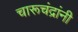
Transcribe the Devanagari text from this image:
चारूचंद्रांनी